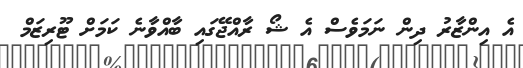
އެ އިންޒާރު ދިން ނަމަވެސް އެ ޝޯ ރާއްޖޭގައި ބާއްވާނެ ކަމަށް ޓޫރިޒަމް